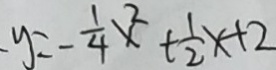
y = - \frac { 1 } { 4 } x ^ { 2 } + \frac { 1 } { 2 } x + 2